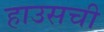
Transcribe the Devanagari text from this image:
हाउसची